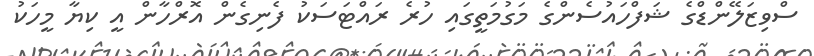
ސްވިޒަލޭންޑްގެ ޝަފްހައުސެންގެ މަގުމަތީގައި ހުރެ ރައްޓަސަކު ފެނިގެން އޮރްހާން އީ ކިޔާ މީހަކު